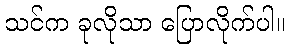
သင်က ခုလိုသာ ပြောလိုက်ပါ။